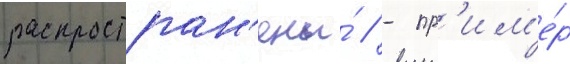
распростран'ены́ // - пр'им'е́р